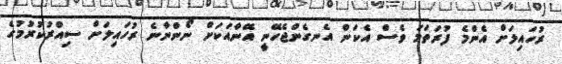
ރުހައިލަށް އެންމެ ފުރަތަމަ ވެސް އެކަން އެނގެންޖެހޭނީ އޭނާއަކަށް ނޯންނާނެ ރުހައިލަށް ސިއްރުކުރުމުގެ